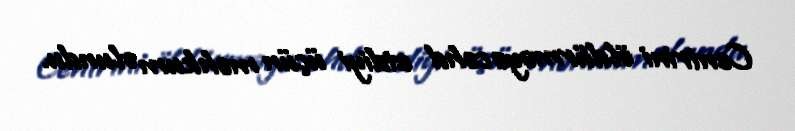
Centrini öldürməyə cəhd etdiyi üçün məhkum olundu.